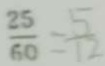
\frac { 2 5 } { 6 0 } = \frac { 5 } { 1 2 }